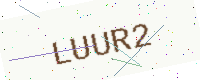
Text: LUUR2